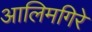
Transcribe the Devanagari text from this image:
आलिमगिरे